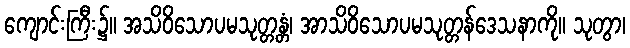
ကျောင်းကြီး၌။ အသိဝိသောပမသုတ္တန္တံ၊ အာသိဝိသောပမသုတ္တန်ဒေသနာကို။ သုတွာ၊